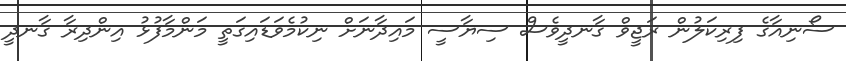
ސޯނިއާގެ ފިރިކަލުން ރަޖީވް ގާނދީވެސް ސިޔާސީ މައިދާނަށް ނިކުމެވަޑައިގަތީ މަންމާފުޅު އިންދިރާ ގާނދީ